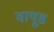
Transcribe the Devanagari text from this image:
वायूस